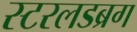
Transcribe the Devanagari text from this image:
स्टरलडब्रग